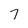
Character: 7